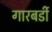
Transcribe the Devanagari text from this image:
गारबर्डी